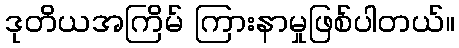
ဒုတိယအကြိမ် ကြားနာမှုဖြစ်ပါတယ်။